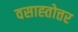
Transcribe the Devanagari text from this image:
वसाह्तोत्तर